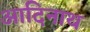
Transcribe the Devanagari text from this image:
आदिनाथ्‍ा